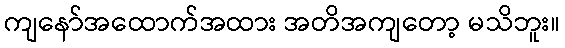
ကျနော်အထောက်အထား အတိအကျတော့ မသိဘူး။